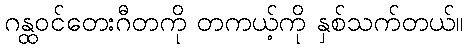
ဂန္ထဝင်တေးဂီတကို တကယ့်ကို နှစ်သက်တယ်။